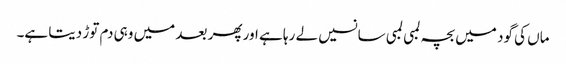
ماں کی گود میں بچہ لمبی لمبی سانسیں لے رہا ہے اور پھر بعد میں وہی دم توڑ دیتا ہے۔